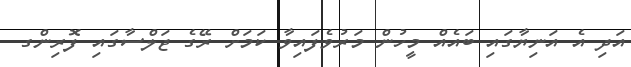
އަދި އެ އަނިޔާގައި ބައެއް މީހުން މަރުވެފައިވާ ކަމަށް ރޭގެ ޖަލްސާގައި ފޮރިންގ